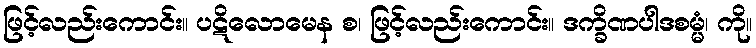
ဖြင့်လည်းကောင်း။ ပဋိလောမေန စ၊ ဖြင့်လည်းကောင်း။ ဒက္ခိဏပါဒစမ္မံ၊ ကို။